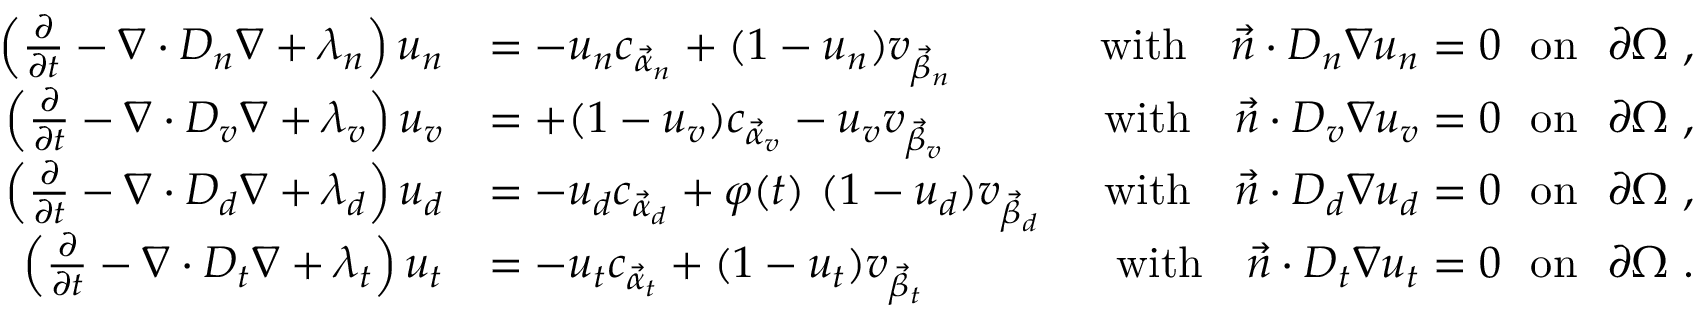
\begin{array} { r l r } { \left( \frac { \partial } { \partial t } - \nabla \cdot D _ { n } \nabla + \lambda _ { n } \right) u _ { n } } & { = - u _ { n } c _ { \vec { \alpha } _ { n } } + ( 1 - u _ { n } ) v _ { \vec { \beta } _ { n } } \ } & { \mathrm { w i t h } \ \ \ \vec { n } \cdot D _ { n } \nabla u _ { n } = 0 \ \ \mathrm { o n } \ \ \partial \Omega \ , } \\ { \left( \frac { \partial } { \partial t } - \nabla \cdot D _ { v } \nabla + \lambda _ { v } \right) u _ { v } } & { = + ( 1 - u _ { v } ) c _ { \vec { \alpha } _ { v } } - u _ { v } v _ { \vec { \beta } _ { v } } \ } & { \mathrm { w i t h } \ \ \ \vec { n } \cdot D _ { v } \nabla u _ { v } = 0 \ \ \mathrm { o n } \ \ \partial \Omega \ , } \\ { \left( \frac { \partial } { \partial t } - \nabla \cdot D _ { d } \nabla + \lambda _ { d } \right) u _ { d } } & { = - u _ { d } c _ { \vec { \alpha } _ { d } } + \varphi ( t ) \ ( 1 - u _ { d } ) v _ { \vec { \beta } _ { d } } \ } & { \mathrm { w i t h } \ \ \ \vec { n } \cdot D _ { d } \nabla u _ { d } = 0 \ \ \mathrm { o n } \ \ \partial \Omega \ , } \\ { \left( \frac { \partial } { \partial t } - \nabla \cdot D _ { t } \nabla + \lambda _ { t } \right) u _ { t } } & { = - u _ { t } c _ { \vec { \alpha } _ { t } } + ( 1 - u _ { t } ) v _ { \vec { \beta } _ { t } } \ } & { \mathrm { w i t h } \ \ \ \vec { n } \cdot D _ { t } \nabla u _ { t } = 0 \ \ \mathrm { o n } \ \ \partial \Omega \ . } \end{array}